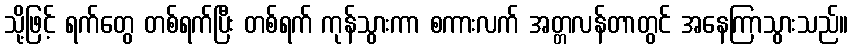
သို့ဖြင့် ရက်တွေ တစ်ရက်ပြီး တစ်ရက် ကုန်သွားကာ စကားလက် အတ္တလန်တာတွင် အနေကြာသွားသည်။